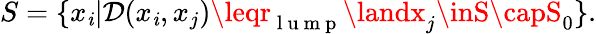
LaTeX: S=\{ x_{\mathit{i}}|\mathcal{{D}}(x_{\mathit{i}},x_{j})\leqr_{\mathrm{{~l~u~m~p~}}}\landx_{j}\inS\capS_{0}\} .